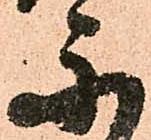
示